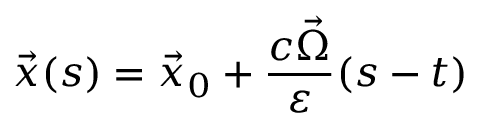
\vec { x } ( s ) = \vec { x } _ { 0 } + \frac { c \vec { \Omega } } { \varepsilon } ( s - t )